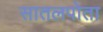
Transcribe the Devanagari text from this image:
सातलपोता